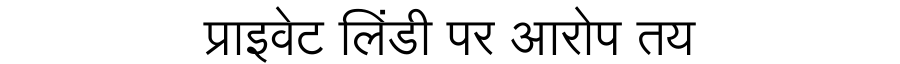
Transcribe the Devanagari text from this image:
प्राइवेट लिंडी पर आरोप तय